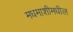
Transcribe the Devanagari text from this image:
मधमाशीमधील